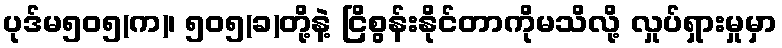
ပုဒ်မ၅၀၅(က)၊ ၅၀၅(ခ)တို့နဲ့ ငြိစွန်းနိုင်တာကိုမသိလို့ လှုပ်ရှားမှုမှာ